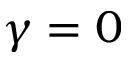
\gamma = 0